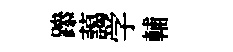
𨅶藹学輔